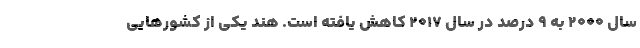
سال ۲۰۰۰ به ۹ درصد در سال ۲۰۱۷ کاهش یافته است. هند یکی از کشورهایی